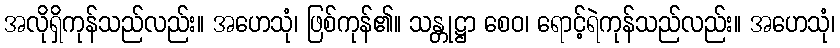
အလိုရှိကုန်သည်လည်း။ အဟေသုံ၊ ဖြစ်ကုန်၏။ သန္တုဋ္ဌာ စေဝ၊ ရောင့်ရဲကုန်သည်လည်း။ အဟေသုံ၊